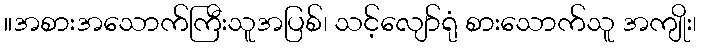
။အစားအသောက်ကြီးသူအပြစ်၊ သင့်လျော်ရုံ စားသောက်သူ အကျိုး၊